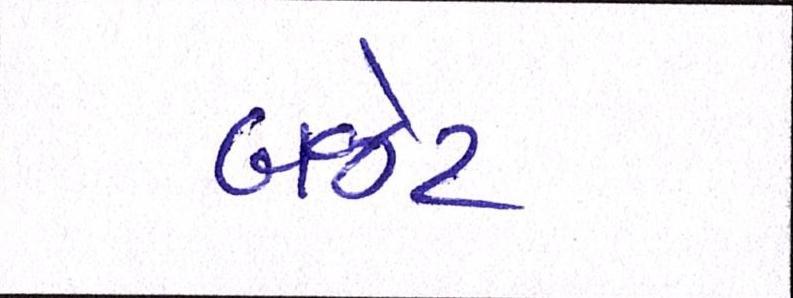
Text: બજેટ